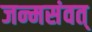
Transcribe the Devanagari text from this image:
जन्मसंवत्